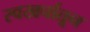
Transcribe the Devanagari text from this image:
स्वखर्चातून